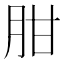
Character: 𦚕